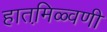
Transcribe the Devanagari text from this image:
हातमि़ळ्वणी